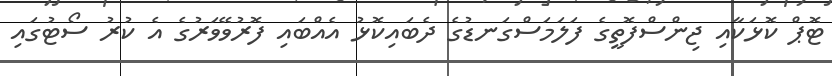
ޓޮޕް ކޮޅަކާއި ޖިންސްފޮތީގެ ފަލަމަސްގަނޑުގެ ދެބައިކޮޅު އެއްބައި ފޮރުވޭވަރުގެ އެ ކުރު ސޯޓުގައި